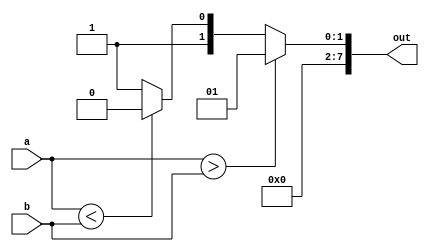
`timescale 1ns / 1ps
//////////////////////////////////////////////////////////////////////////////////
// Company: 
// Engineer: 
// 
// Design Name: 
// Module Name:    comparator 
// Project Name: 
// Target Devices: 
// Tool versions: 
// Description: 
//
// Dependencies: 
//
// Revision: 
// Revision 0.01 - File Created
// Additional Comments: 
//
//////////////////////////////////////////////////////////////////////////////////
module Comparator(
    input [3:0]a,
    input [3:0]b ,
    output reg [7:0] out
    );
	 

	 
	 
always @(a or b) begin
	
	if(a > b)begin
		 out = 8'b00000001; 
	end
	else if(a < b)begin
		out = 8'b00000010;
	end
	else begin
		out = 8'b00000011;
	end
end
 
endmodule